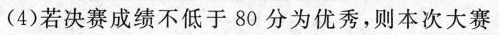
(4)若决赛成绩不低于80分为优秀，则本次大赛